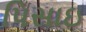
પિસાઇ